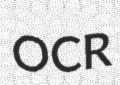
OCR